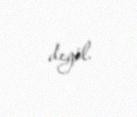
deyil.